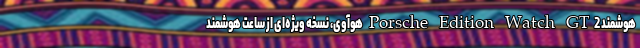
هوشمند Porsche Edition Watch GT2 هوآوی، نسخه‌ ویژه‌ای از ساعت هوشمند